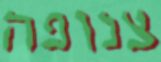
צנופה